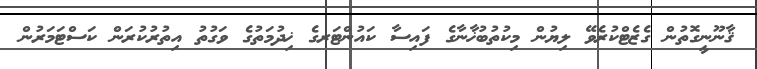
ޤާނޫނީގޮތުން ގެޒެޓްކުރެވޭ ލިޔުން މިކުތުބުޚާނާގެ ފައިސާ ކައުންޓަރގެ ޚިދުމަތުގެ ވަގުތު އިތުރުކުރަން ކަސްޓަމަރުން